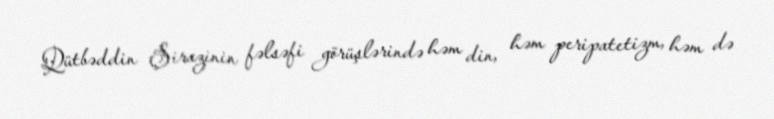
Qütbəddin Şirazinin fəlsəfi görüşlərində həm din, həm peripatetizm, həm də